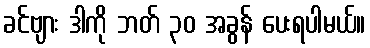
ခင်ဗျား ဒါကို ဘတ် ၃၀ အခွန် ပေးရပါမယ်။